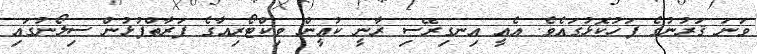
ވަނަ ޤަރުނުގެ ފަހުކޮޅުގައެވެ. އެއީ އިނގިރޭސި ރާނީ ކުއީން ވިކްޓޯރިއާގެ ފަރާތްޕުޅުން ސިލޯނުގައި